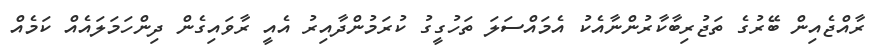
ރާއްޖެއިން ބޭރުގެ ތަޖުރިބާކާރުންނާއެކު އެމައްސަލަ ތަހުގީގު ކުރަމުންދާއިރު އެއީ ރާވައިގެން ދިންހަމަލައެއް ކަމެއް